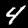
Label: 4